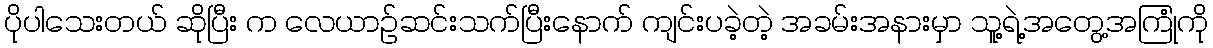
ပိုပါသေးတယ် ဆိုပြီး က လေယာဉ်ဆင်းသက်ပြီးနောက် ကျင်းပခဲ့တဲ့ အခမ်းအနားမှာ သူ့ရဲ့အတွေ့အကြုံကို